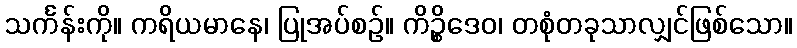
သင်္ကန်းကို။ ကရိယမာနေ၊ ပြုအပ်စဉ်။ ကိဉ္စိဒေဝ၊ တစုံတခုသာလျှင်ဖြစ်သော။